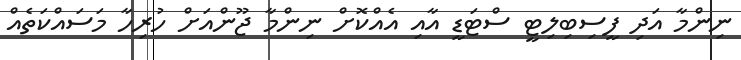
ނިންމާ އަދި ފީސިބިލިޓީ ސްޓަޑީ އާއި އެއްކޮށް ނިންމާ ޖޫންއަށް ހުރިހާ މަސައްކަތެއް